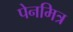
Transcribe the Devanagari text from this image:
पेनमित्र